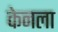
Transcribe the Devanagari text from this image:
केनला